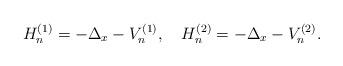
LaTeX: \begin{align*}H_{n}^{(1)}=-\Delta_x-V_{n}^{(1)},\ \ \ H_n^{(2)}=-\Delta_x-V_{n}^{(2)}.\end{align*}